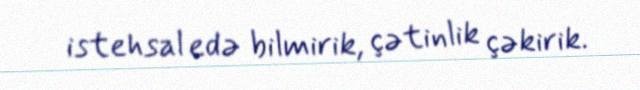
istehsal edə bilmirik, çətinlik çəkirik.